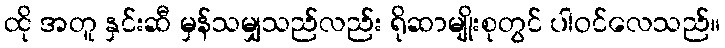
ထို အတူ နှင်းဆီ မှန်သမျှသည်လည်း ရိုဆာမျိုးစုတွင် ပါဝင်လေသည်။